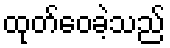
ထုတ်ဝေခဲ့သည်